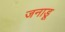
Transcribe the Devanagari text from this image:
जनाडू